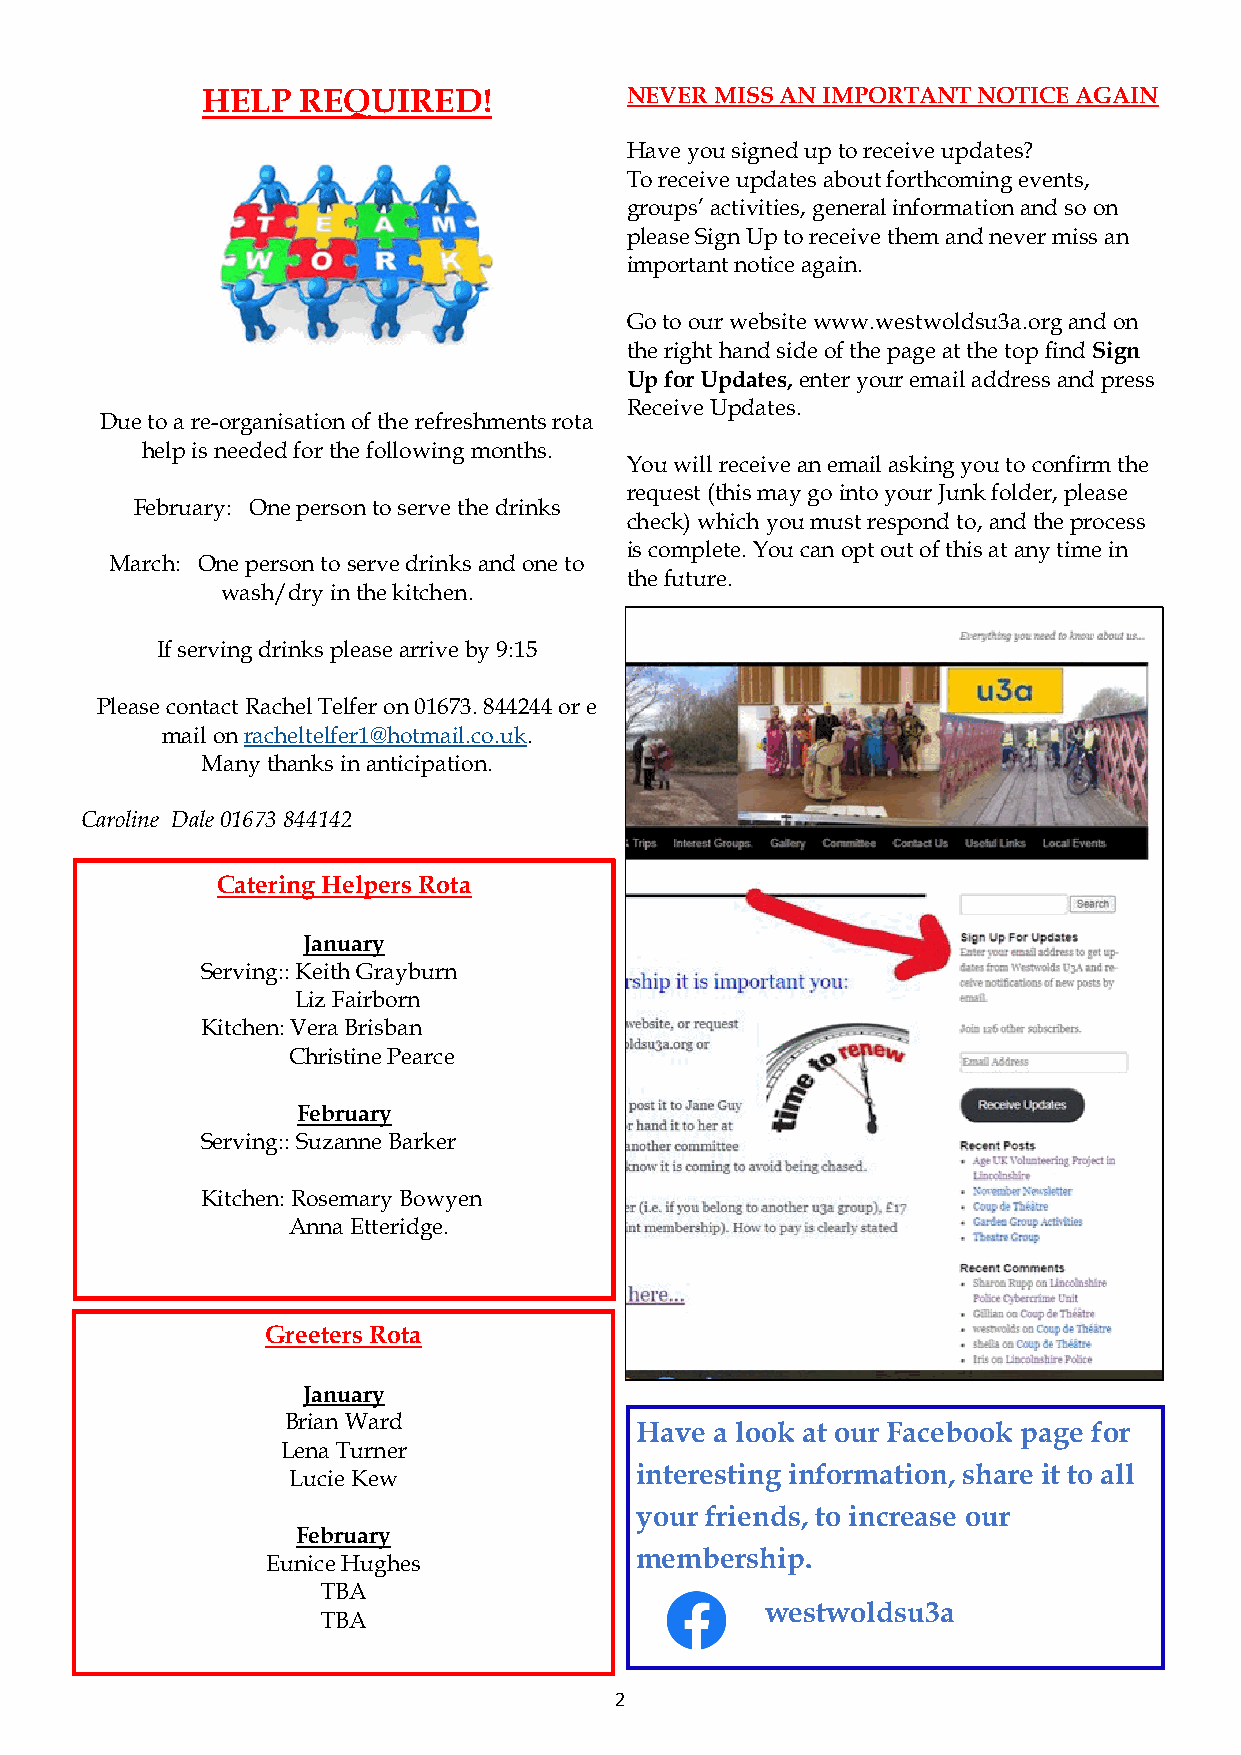
HELP   REQUIRED!            NEVER MISS AN IMPORTANT NOTICE AGAIN
 Have you signed up to receive updates?
 To receive updates about forthcoming events,
 groups’ activities, general information and so on
 please Sign Up to receive them and never miss an
 important notice again.
 Go to our website www.westwoldsu3a.org and on
 the right hand side of the page at the top find Sign
 Up for Updates, enter your email address and press
 Receive Updates.
 Due to a re-organisation of the refreshments rota
 help is needed for the following months.
 You will receive an email asking you to confirm the
 request (this may go into your Junk folder, please
 February: One person to serve the drinks
 check) which you must respond to, and the process
 is complete. You can opt out of this at any time in
 March: One person to serve drinks and one to
 the future.
 wash/dry in the kitchen.
 If serving drinks please arrive by 9:15
 Please contact Rachel Telfer on 01673. 844244 or e
 mail on racheltelfer1@hotmail.co.uk.
 Many thanks in anticipation.
 Caroline Dale 01673 844142
 Catering Helpers Rota
 January
 Serving:: Keith Grayburn
 Liz Fairborn
 Kitchen: Vera Brisban
 Christine Pearce
 February
 Serving:: Suzanne Barker
 Kitchen: Rosemary Bowyen
 Anna Etteridge.
 Greeters Rota
 January
 Brian Ward
 Have a look at our Facebook page for
 Lena Turner
 interesting information, share it to all
 Lucie Kew
 your friends, to increase our
 February
 membership.
 Eunice Hughes
 TBA
 westwoldsu3a
 TBA
 2